Report on lock hospitals in British Burma
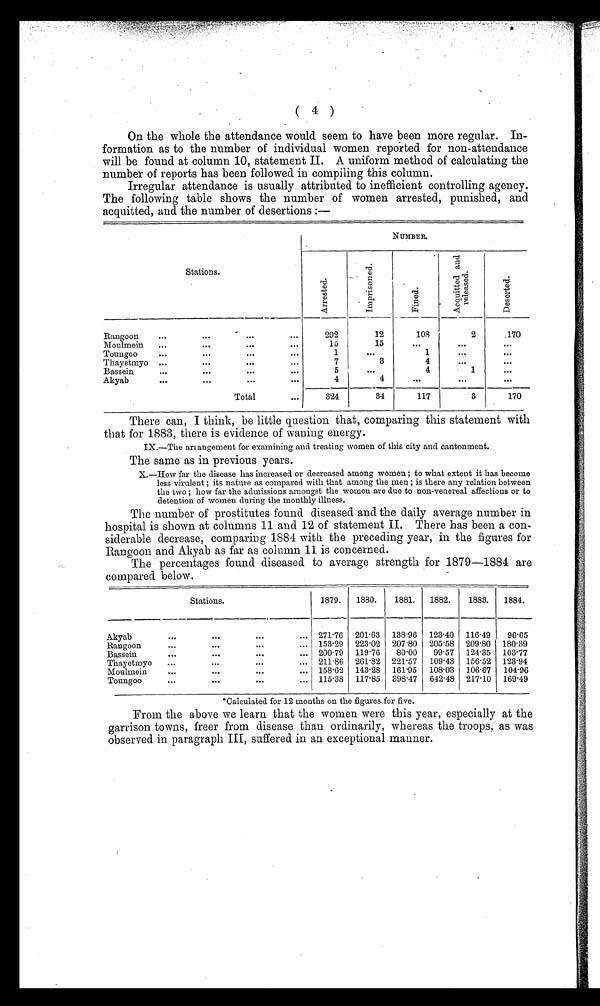
( 4 )
On the whole the attendance would seem to have been more regular. In
formation as to the number of individual women reported for non-attendance
will be found at column 10, statement II. A uniform method of calculating the
number of reports has been followed in compiling this column.
Irregular attendance is usually attributed to inefficient controlling agency.
The following table shows the number of women arrested, punished, and
acquitted, and the number of desertions :-
NUMBER.
Stations
A r r e s t e d
Imprisoned Fined
A c q u i t t e d a n d r e l e a s e d
Deserted
Rangoon
...
...
_
. . .
. . .
292
12
108
2
.170
Moulmein
Toungoo
...
. . .
. . .
...
15
1
15
. . .
. . .
1
. . .
...
...
. . .
Thayetmyo
. . .
. . .
. . .
7
3
4
. . .
. . .
Bassein
...
. . .
...
5
. . .
4
1
...
Akyab
. . .
...
. . .
4
4
. . .
. . .
Total
324
34
117
3
170
There can, I think, be little question that, comparing this statement with
that for 1883, there is evidence of waning energy.
IX.-The arrangement for examining and treating women of this city and cantonment.
The same as in previous years.
X.-How far the disease has increased or decreased among women ; to what extent it has become
less virulent ; its nature as compared with that among the men ; is there any relation between
the two ; how far the admissions amongst the women are due to non-venereal affections or to
detention of women during the monthly illness.
The number of prostitutes found diseased and the daily average number in
hospital is shown at columns 11 and 12 of statement II. There has been a con.
siderable decrease, comparing 1884 with the preceding year, in the figures for
Rangoon and Akyab as far as column 11 is concerned.
_
_ .
The percentages found diseased to average strength for 1879-1884 are
compared below.
Stations.
1879.
-
1880.
1881.
1882.
1883.
1884.
Akyab
-
01111
. . . . . .
... 271.76 201 . 63 138 .96 123.40 116.49
96.65
Rangoon
...
. . . . . .
... 153.29 223 .02 20780 205 . 58 209 .80 180.39
Bassein
. . .
. . . . . .
... 20079 119 . 76
80 .00
99 . 57 124. 35 103.77
Thayetmyo
...
...
. . .
... 211 .86 261 .82 221 . 57 109 .43 156. 52 123.94
Moulmein
...
...
...
... 158 .62 143.28 161 .95 108. 03 106 . 67 104.96
Toungoo
. . .
. . . . . .
... 115 .38 117.85 398.47 642.48 217. 10 169.49
*Calculated for 12 months on the figures for five.
From the above we learn that the women were tins year, especially at the
garrison towns, freer from disease than ordinarily, whereas the troops, as was
observed in paragraph III, suffered in an exceptional manner.